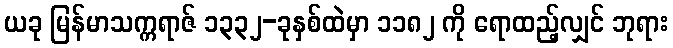
ယခု မြန်မာသက္ကရာဇ် ၁၃၃၂-ခုနှစ်ထဲမှာ ၁၁၈၂ ကို ရောထည့်လျှင် ဘုရား